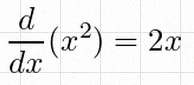
\frac{d}{dx}(x^2)=2x